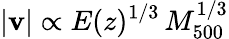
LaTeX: |\mathbf{v}|\propto E(z)^{1/3}\, M_{500}^{1/3}